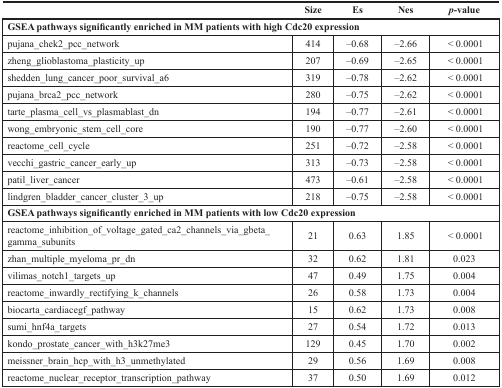
|  | Size | Es | Nes | p-value |
 | --- | --- | --- | --- | --- |
 | <COLSPAN=5> GSEA pathways significantly enriched in MM patients with high Cdc20 expression |
 | pujana_chek2_pcc_network | 414 | −0.68 | −2.66 | < 0.0001 |
 | zheng_glioblastoma_plasticity_up | 207 | −0.69 | −2.65 | < 0.0001 |
 | shedden_lung_cancer_poor_survival_a6 | 319 | −0.78 | −2.62 | < 0.0001 |
 | pujana_brca2_pcc_network | 280 | −0.75 | −2.62 | < 0.0001 |
 | tarte_plasma_cell_vs_plasmablast_dn | 194 | −0.77 | −2.61 | < 0.0001 |
 | wong_embryonic_stem_cell_core | 190 | −0.77 | −2.60 | < 0.0001 |
 | reactome_cell_cycle | 251 | −0.72 | −2.58 | < 0.0001 |
 | vecchi_gastric_cancer_early_up | 313 | −0.73 | −2.58 | < 0.0001 |
 | patil_liver_cancer | 473 | −0.61 | −2.58 | < 0.0001 |
 | lindgren_bladder_cancer_cluster_3_up | 218 | −0.75 | −2.58 | < 0.0001 |
 | <COLSPAN=5> GSEA pathways significantly enriched in MM patients with low Cdc20 expression |
 | reactome_inhibition_of_voltage_gated_ca2_channels_via_gbeta_gamma_subunits | 21 | 0.63 | 1.85 | < 0.0001 |
 | zhan_multiple_myeloma_pr_dn | 32 | 0.62 | 1.81 | 0.023 |
 | vilimas_notch1_targets_up | 47 | 0.49 | 1.75 | 0.004 |
 | reactome_inwardly_rectifying_k_channels | 26 | 0.58 | 1.73 | 0.004 |
 | biocarta_cardiacegf_pathway | 15 | 0.62 | 1.73 | 0.008 |
 | sumi_hnf4a_targets | 27 | 0.54 | 1.72 | 0.013 |
 | kondo_prostate_cancer_with_h3k27me3 | 129 | 0.45 | 1.70 | 0.002 |
 | meissner_brain_hcp_with_h3_unmethylated | 29 | 0.56 | 1.69 | 0.008 |
 | reactome_nuclear_receptor_transcription_pathway | 37 | 0.50 | 1.69 | 0.012 |